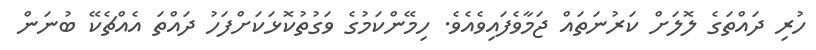
ހުރި ދައްތަގެ ލޮލަށް ކަރުނަތައް ޖަމާވެފައިވެއެވެ. ހިމޭންކަމުގެ ވަގުތުކޮޅަކަށްފަހު ދައްތަ އެއްޗެކޭ ބުނަން